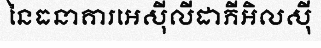
នៃធនាគារអេស៊ីលីដាភីអិលស៊ី